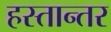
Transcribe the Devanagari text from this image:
हस्तान्तर